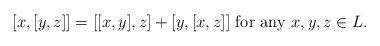
LaTeX: \begin{align*} [x,[y,z]]=[[x,y],z]+[y,[x,z]]\textnormal{ for any }x,y,z\in L.\end{align*}